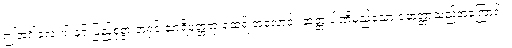
ဤအင်္ဂါလေးပါးနှင့် ပြည့်စုံစွာ အရှင် သာရိပုတ္တရာ ထေရ် အလောင်း ဆတ္တ ပါဏိမည်သော ဆေတ္တာသည်အကြောင်း။